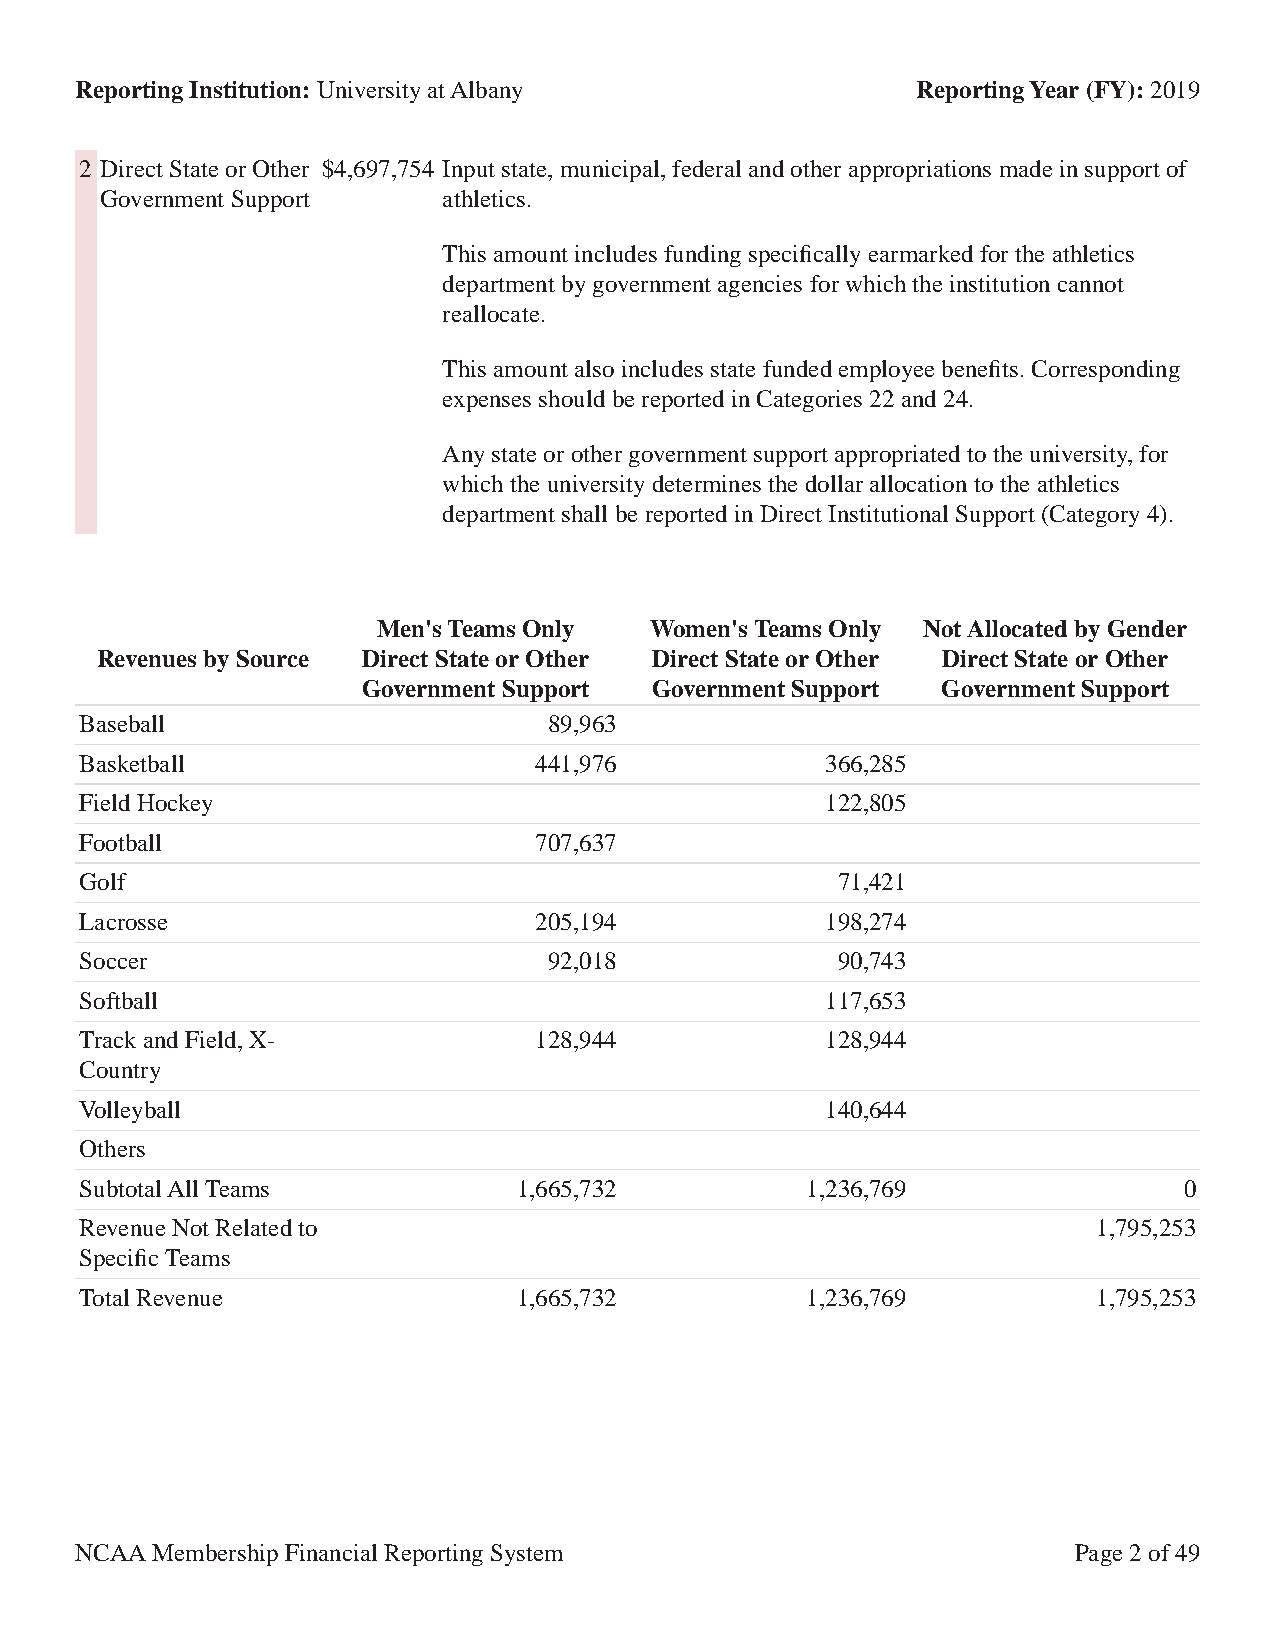
Reporting Institution: University at Albany             Reporting Year (FY): 2019
 2 Direct State or Other $4,697,754 Input state, municipal, federal and other appropriations made in support of
 Government Support    athletics.
 This amount includes funding specifically earmarked for the athletics
 department by government agencies for which the institution cannot
 reallocate.
 This amount also includes state funded employee benefits. Corresponding
 expenses should be reported in Categories 22 and 24.
 Any state or other government support appropriated to the university, for
 which the university determines the dollar allocation to the athletics
 department shall be reported in Direct Institutional Support (Category 4).
 Men's Teams Only  Women's Teams Only Not Allocated by Gender
 Revenues by Source Direct State or Other Direct State or Other Direct State or Other
 Government Support Government Support Government Support
 Baseball                       89,963
 Basketball                    441,976             366,285
 Field Hockey                                      122,805
 Football                      707,637
 Golf                                              71,421
 Lacrosse                      205,194             198,274
 Soccer                         92,018             90,743
 Softball                                          117,653
 Track and Field, X-           128,944             128,944
 Country
 Volleyball                                        140,644
 Others
 Subtotal All Teams           1,665,732          1,236,769                0
 Revenue Not Related to                                              1,795,253
 Specific Teams
 Total Revenue                1,665,732          1,236,769           1,795,253
 NCAA Membership Financial Reporting System                        Page 2 of 49